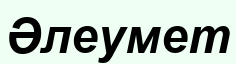
Әлеумет